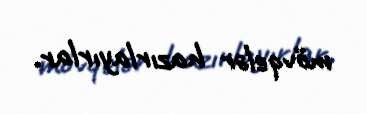
mövqelər hazırlayırlar.